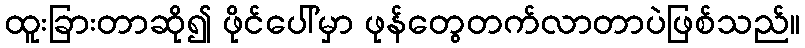
ထူးခြားတာဆို၍ ဖိုင်ပေါ်မှာ ဖုန်တွေတက်လာတာပဲဖြစ်သည်။